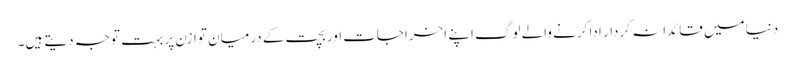
دنیا میں قائدانہ کردار ادا کرنے والے لوگ اپنے اخراجات اور بچت کے درمیان توازن پر بہت توجہ دیتے ہیں۔